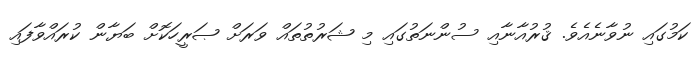
ކަމުގައި ނުވާނެއެވެ. ޤުރުއާނާއި ސުންނަތުގައި މި ޝަރުތުތައް ވަރަށް ޞަރީހަކޮށް ބަޔާން ކުރައްވާފައި